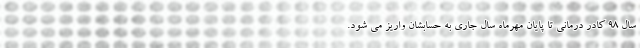
سال ۹۸ کادر درمانی تا پایان مهرماه سال جاری به حسابشان واریز می شود.